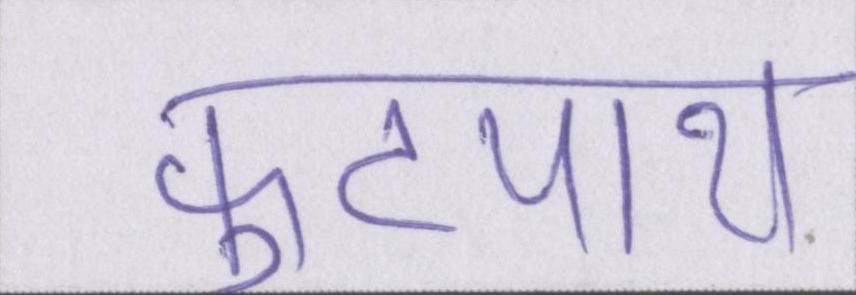
फुटपाथ